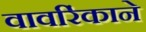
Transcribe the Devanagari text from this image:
वावरिंकाने